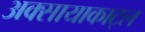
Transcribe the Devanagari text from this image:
अक्सायाकाट्ल